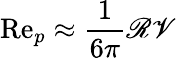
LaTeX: \mathrm{Re}_{p}\approx\frac{1}{6\pi}\mathscr{R}\mathscr{V}